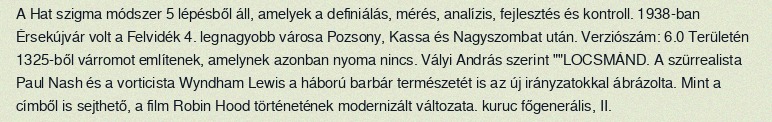
A Hat szigma módszer 5 lépésből áll, amelyek a definiálás, mérés, analízis, fejlesztés és kontroll. 1938-ban Érsekújvár volt a Felvidék 4. legnagyobb városa Pozsony, Kassa és Nagyszombat után. Verziószám: 6.0 Területén 1325-ből várromot említenek, amelynek azonban nyoma nincs. Vályi András szerint ""LOCSMÁND. A szürrealista Paul Nash és a vorticista Wyndham Lewis a háború barbár természetét is az új irányzatokkal ábrázolta. Mint a címből is sejthető, a film Robin Hood történetének modernizált változata. kuruc főgenerális, II.